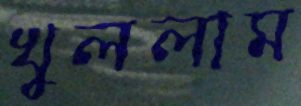
খুললাম